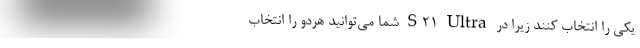
یکی را انتخاب کنند زیرا در S21 Ultra شما می‌توانید هردو را انتخاب